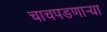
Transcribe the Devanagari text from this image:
चाचपडणार्‍या